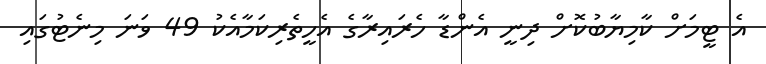
އެ ޓީމަށް ކާމިޔާބުކޮށް ދިނީ އެންޑާ ހެރައިރާގެ އެހީތެރިކަމާއެކު 49 ވަނަ މިނެޓުގައި